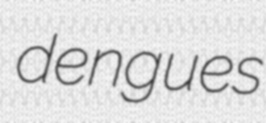
dengues